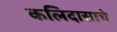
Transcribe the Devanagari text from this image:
कलिदासाचे